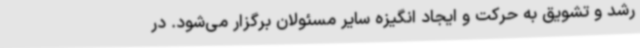
رشد و تشویق به حرکت و ایجاد انگیزه سایر مسئولان برگزار می‌شود. در